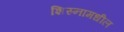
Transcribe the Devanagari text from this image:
शिस्नामधील